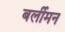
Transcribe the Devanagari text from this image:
बर्लीमन